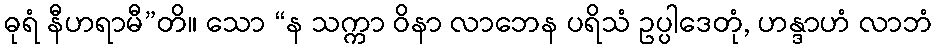
ဓုရံ နီဟရာမီ”တိ။ သော “န သက္ကာ ဝိနာ လာဘေန ပရိသံ ဥပ္ပါဒေတုံ, ဟန္ဒာဟံ လာဘံ